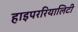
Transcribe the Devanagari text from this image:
हाइपररियालिटी